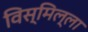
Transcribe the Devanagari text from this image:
विस्मिल्ला